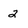
Character: 2